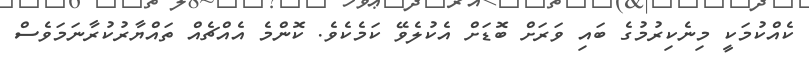
ކެއްކުމަކީ މިނެކިރުމުގެ ބައި ވަރަށް ބޮޑަށް އެކުލެވޭ ކަމެކެވެ. ކޮންމެ އެއްޗެއް ތައްޔާރުކުރާނަމަވެސް